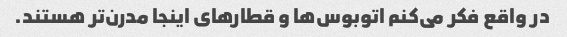
در واقع فکر می‌کنم اتوبوس‌ها و قطارهای اینجا مدرن‌تر هستند.